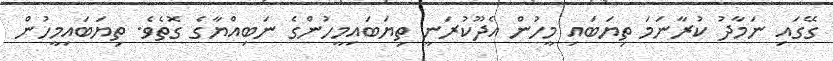
ގޭގައި ނަމާދު ކުރާނަމަ ތިޔަބައި މީހުން އެދޫކުރަނީ ތިޔަބައިމީހުންގެ ނަބިއްޔާގެ ގޮތެވެ. ތިޔަބައިމީހުން